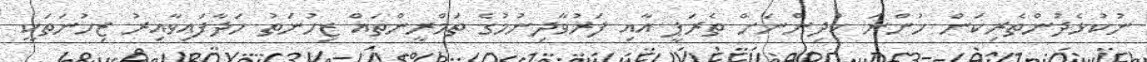
ނުކުޅެދުންތެރިކަން ހުންނަ ކުދިންނަށް ތެރަޕީ އާއި ފަރުވާދިނުމުގެ ތަމްރީންތައް ޒިހުނަތު ހަދާފައިވާއިރު ޒިހުނަތަކީ